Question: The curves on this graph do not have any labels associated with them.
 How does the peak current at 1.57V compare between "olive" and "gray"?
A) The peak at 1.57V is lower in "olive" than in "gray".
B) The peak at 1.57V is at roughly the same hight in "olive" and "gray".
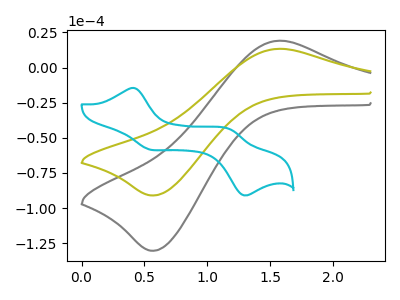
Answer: <think>The gray curve "gray" has an anodic peak at (1.55V, 19.10uA) and a cathodic peak at (0.60V, -130.35uA). The olive curve "olive" has an anodic peak at (1.55V, 13.35uA) and a cathodic peak at (0.60V, -91.00uA). The cyan curve "cyan" has anodic peaks at (0.40V, -14.65uA) (1.20V, -43.95uA) and cathodic peaks at (0.55V, -58.30uA) (1.30V, -90.80uA).</think>
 <answer>A) The peak at 1.57V is lower in "olive" than in "gray".</answer>
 <eval>A</eval>